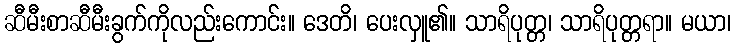
ဆီမီးစာဆီမီးခွက်ကိုလည်းကောင်း။ ဒေတိ၊ ပေးလှူ၏။ သာရိပုတ္တ၊ သာရိပုတ္တရာ။ မယာ၊